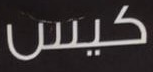
كيس